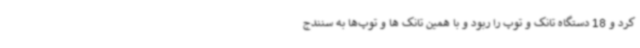
کرد و 18 دستگاه تانک و توپ را ربود و با همین تانک ها و توپ‌ها به سنندج